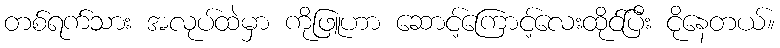
တစ်ရက်သား အလုပ်ထဲမှာ ကိုဖြူဟာ ဆောင့်ကြောင့်လေးထိုင်ပြီး ငိုနေတယ်။